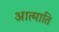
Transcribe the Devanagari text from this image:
आत्माति